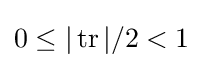
0\leq |\operatorname {tr} |/2<1